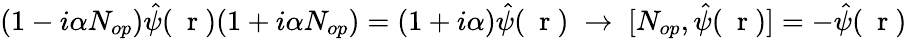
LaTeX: (1-i\alpha N_{op})\hat{\psi}(\mathrm{~\mathbf~r~})(1+i\alpha N_{op})=(1+i\alpha)\hat{\psi}(\mathrm{~\mathbf~r~})\; \to\; [N_{op},\hat{\psi}(\mathrm{~\mathbf~r~})]=-\hat{\psi}(\mathrm{~\mathbf~r~})